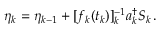
\eta _ { k } = \eta _ { k - 1 } + [ f _ { k } ( t _ { k } ) ] _ { k } ^ { - 1 } a _ { k } ^ { \dagger } S _ { k } \, .